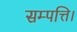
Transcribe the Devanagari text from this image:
सम्पत्ति।